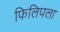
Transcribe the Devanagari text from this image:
फिलिपला